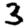
Digit: 3